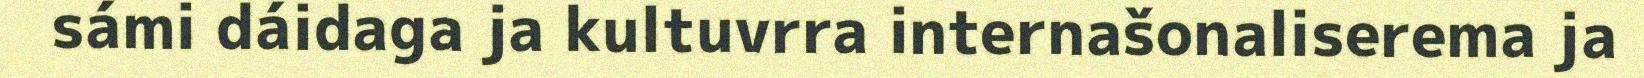
sámi dáidaga ja kultuvrra internašonaliserema ja